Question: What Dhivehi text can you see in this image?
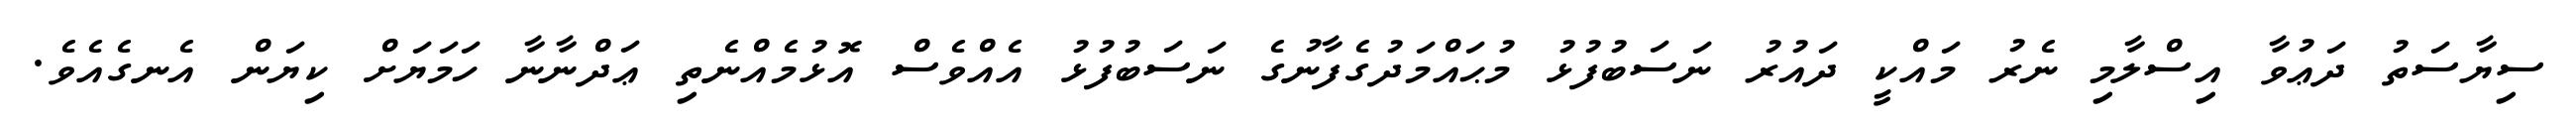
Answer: ސިޔާސަތު ދަޢުވާ އިސްލާމި ނެރު މައްކީ ދައުރު ނަސަބުފުޅު މުޙައްމަދުގެފާނުގެ ނަސަބުފުޅު އެއްވެސް އޮޅުމެއްނެތި ޢަދްނާނާ ހަމަޔަށް ކިޔަން އެނގެއެވެ.